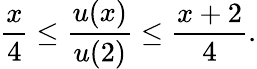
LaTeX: \frac x4\leq\frac{u(x)}{u(2)}\leq\frac{x+2}{4}.